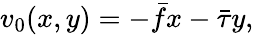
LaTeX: \begin{array}{r}{v_{0}(x,y)=-\bar{f}x-\bar{\tau}y,}\end{array}